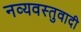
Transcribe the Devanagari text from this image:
नव्यवस्तुवादी